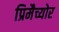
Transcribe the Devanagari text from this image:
प्रिमैच्योर